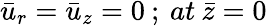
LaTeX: {\bar{u}}_{r}={\bar{u}}_{z}=0{\: };{\: }at{\: }\bar{z}=0